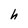
Character: h